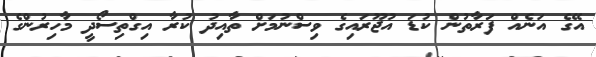
އޭގެ އަނެއް ފަރާތުން ކުޑަ އުޖޫރައިގެ ވިސްނުމަށް ތާއިދު ކުރާ އިގްތިސޯދީ މާހިރުންގެ